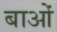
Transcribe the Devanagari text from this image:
बाओं